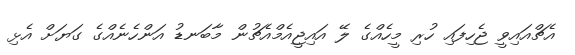
އެޗްއައިވީ ޖެހިފައި ހުރި މީހެއްގެ ލޭ އައިޖީއެމްއެޗުން މާބަނޑު އަންހެނެއްގެ ގަޔަށް އެޅި